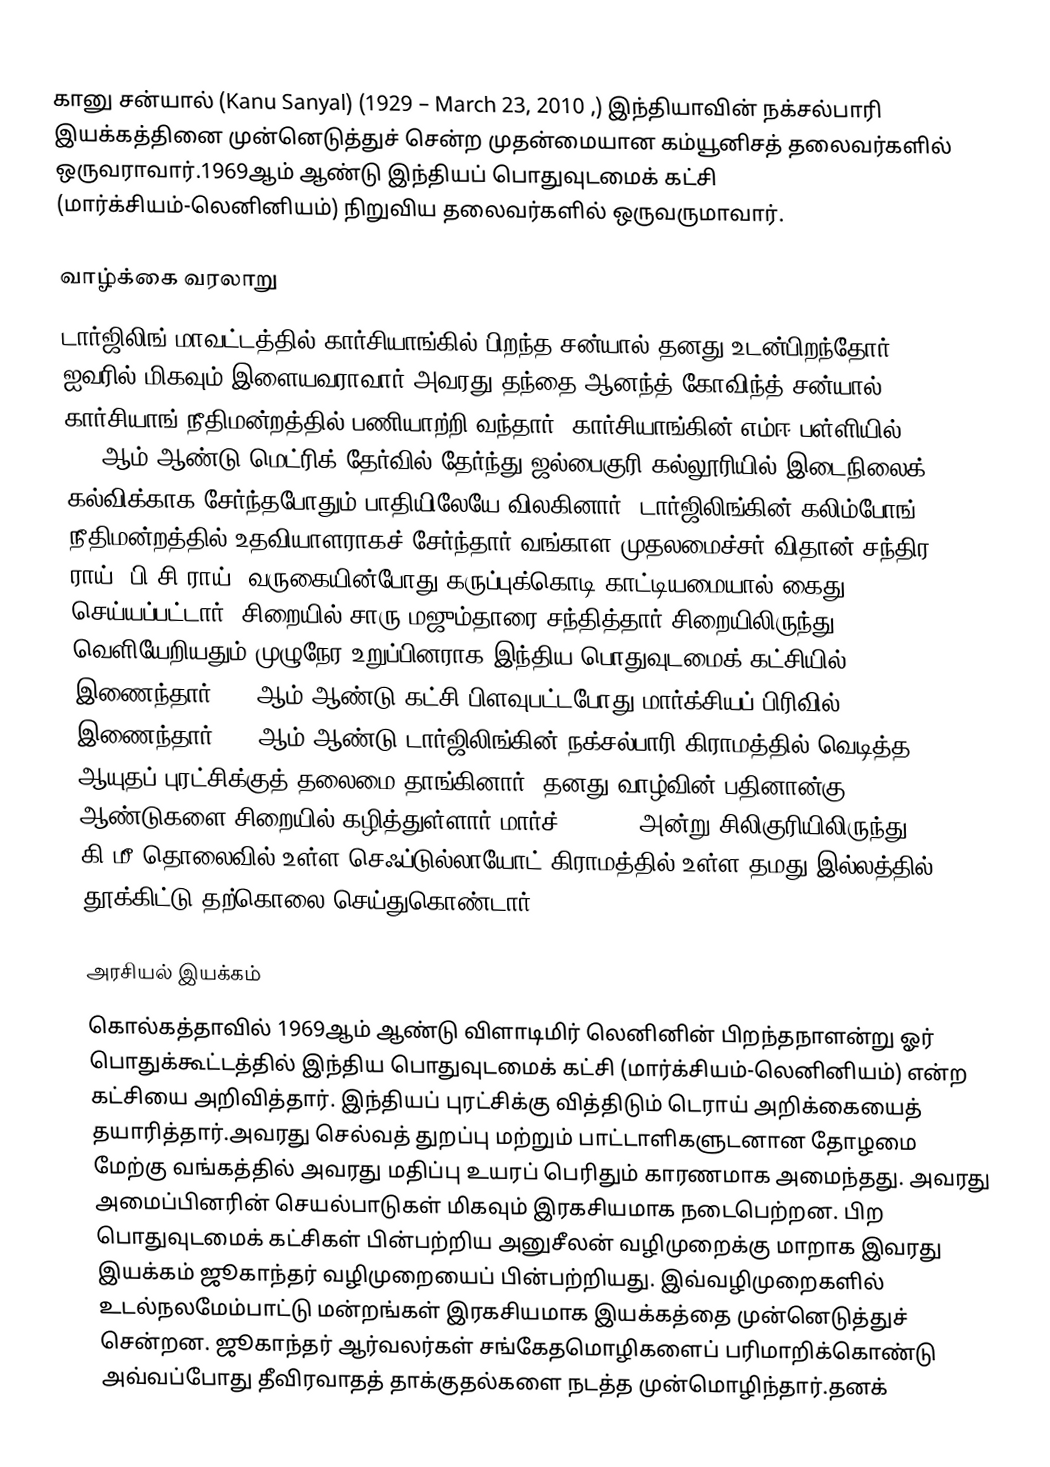
கானு சன்யால் (Kanu Sanyal) (1929  – March 23, 2010 ,) இந்தியாவின் நக்சல்பாரி இயக்கத்தினை முன்னெடுத்துச் சென்ற முதன்மையான கம்யூனிசத் தலைவர்களில் ஒருவராவார்.1969ஆம் ஆண்டு இந்தியப் பொதுவுடமைக் கட்சி (மார்க்சியம்-லெனினியம்) நிறுவிய தலைவர்களில் ஒருவருமாவார்.

வாழ்க்கை வரலாறு
டார்ஜிலிங் மாவட்டத்தில் கார்சியாங்கில் பிறந்த சன்யால் தனது உடன்பிறந்தோர் ஐவரில் மிகவும் இளையவராவார்.அவரது தந்தை ஆனந்த் கோவிந்த் சன்யால் கார்சியாங் நீதிமன்றத்தில் பணியாற்றி வந்தார். கார்சியாங்கின் எம்ஈ பள்ளியில் 1946ஆம் ஆண்டு மெட்ரிக் தேர்வில் தேர்ந்து ஜல்பைகுரி கல்லூரியில் இடைநிலைக் கல்விக்காக சேர்ந்தபோதும் பாதியிலேயே விலகினார். டார்ஜிலிங்கின் கலிம்போங் நீதிமன்றத்தில் உதவியாளராகச் சேர்ந்தார்.வங்காள முதலமைச்சர் விதான் சந்திர ராய் (பி.சி.ராய்) வருகையின்போது கருப்புக்கொடி காட்டியமையால் கைது செய்யப்பட்டார். சிறையில் சாரு மஜும்தாரை சந்தித்தார்.சிறையிலிருந்து வெளியேறியதும் முழுநேர உறுப்பினராக இந்திய பொதுவுடமைக் கட்சியில் இணைந்தார்.1964ஆம் ஆண்டு கட்சி பிளவுபட்டபோது மார்க்சியப் பிரிவில் இணைந்தார்.1969ஆம் ஆண்டு டார்ஜிலிங்கின் நக்சல்பாரி கிராமத்தில் வெடித்த ஆயுதப் புரட்சிக்குத் தலைமை தாங்கினார். தனது வாழ்வின் பதினான்கு ஆண்டுகளை சிறையில் கழித்துள்ளார்.மார்ச் 23,2010 அன்று சிலிகுரியிலிருந்து 25 கி.மீ தொலைவில் உள்ள செஃப்டுல்லாயோட் கிராமத்தில் உள்ள தமது இல்லத்தில் தூக்கிட்டு தற்கொலை செய்துகொண்டார்.

அரசியல் இயக்கம்
கொல்கத்தாவில் 1969ஆம் ஆண்டு விளாடிமிர் லெனினின் பிறந்தநாளன்று ஓர் பொதுக்கூட்டத்தில் இந்திய பொதுவுடமைக் கட்சி (மார்க்சியம்-லெனினியம்) என்ற கட்சியை அறிவித்தார். இந்தியப் புரட்சிக்கு வித்திடும் டெராய் அறிக்கையைத் தயாரித்தார்.அவரது செல்வத் துறப்பு மற்றும் பாட்டாளிகளுடனான தோழமை மேற்கு வங்கத்தில் அவரது மதிப்பு உயரப் பெரிதும் காரணமாக அமைந்தது. அவரது அமைப்பினரின் செயல்பாடுகள் மிகவும் இரகசியமாக நடைபெற்றன. பிற பொதுவுடமைக் கட்சிகள் பின்பற்றிய அனுசீலன் வழிமுறைக்கு மாறாக இவரது இயக்கம் ஜூகாந்தர் வழிமுறையைப் பின்பற்றியது. இவ்வழிமுறைகளில் உடல்நலமேம்பாட்டு மன்றங்கள் இரகசியமாக இயக்கத்தை முன்னெடுத்துச் சென்றன. ஜூகாந்தர் ஆர்வலர்கள் சங்கேதமொழிகளைப் பரிமாறிக்கொண்டு அவ்வப்போது தீவிரவாதத் தாக்குதல்களை நடத்த முன்மொழிந்தார்.தனக்